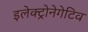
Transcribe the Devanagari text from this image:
इलेक्ट्रोनेगेटिव